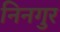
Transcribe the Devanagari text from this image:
निनगुर